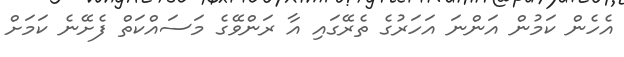
އެހެން ކަމުން އަންނަ އަހަރުގެ ތެރޭގައި އާ ރަންވޭގެ މަސައްކަތް ފެށޭނެ ކަމަށް